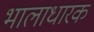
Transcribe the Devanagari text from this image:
भालाधारक